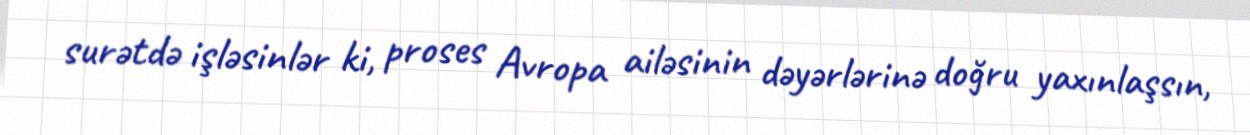
surətdə işləsinlər ki, proses Avropa ailəsinin dəyərlərinə doğru yaxınlaşsın,